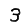
Digit: 3